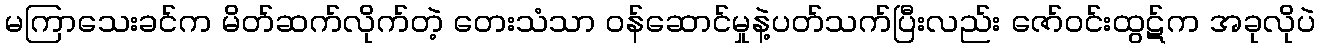
မကြာသေးခင်က မိတ်ဆက်လိုက်တဲ့ တေးသံသာ ဝန်ဆောင်မှုနဲ့ပတ်သက်ပြီးလည်း ဇော်ဝင်းထွဋ်က အခုလိုပဲ